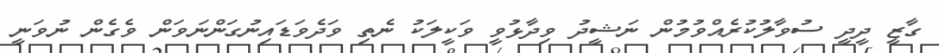
ގާޒީ ދީދީ ސުވާލުކުރެއްވުމުން ނަޝީދު ވިދާޅުވީ ވަކީލަކު ނެތި ވަދެވަޑައިނުގަންނަވަން ވެގެން ނުވަނީ